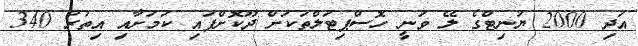
އަދި 2000 ޔުނިޓްގެ ލޭ ވަނީ ހޮސްޕިޓަލްތަކަށް ދޫކޮށްފައި ކަމަށާއި އިތުރު 340